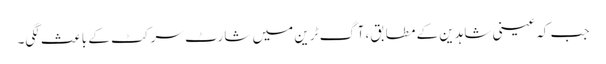
جب کہ عینی شاہدین کے مطابق، آگ ٹرین میں شارٹ سرکٹ کے باعث لگی۔